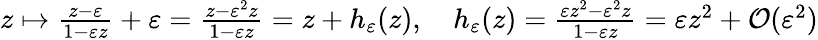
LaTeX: \begin{array}{r}{z\mapsto\frac{z-\varepsilon}{1-\varepsilon z}+\varepsilon=\frac{z-\varepsilon^{2}z}{1-\varepsilon z}=z+h_{\varepsilon}(z),\quad h_{\varepsilon}(z)=\frac{\varepsilon z^{2}-\varepsilon^{2}z}{1-\varepsilon z}=\varepsilon z^{2}+\mathcal{O}(\varepsilon^{2})}\end{array}